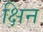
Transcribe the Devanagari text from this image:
क्षिन